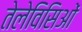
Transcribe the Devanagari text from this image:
तेलेविसिओं